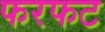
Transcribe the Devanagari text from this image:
फरफट